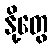
နို့တွေ